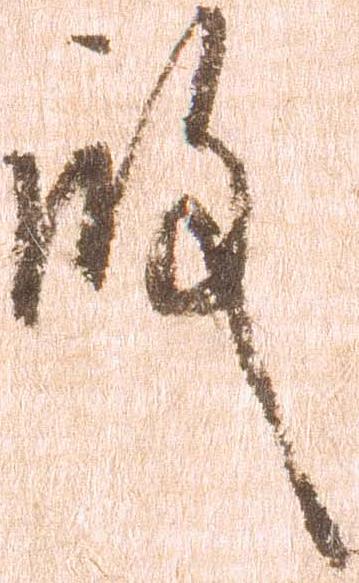
殿